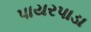
પાયરપાડા